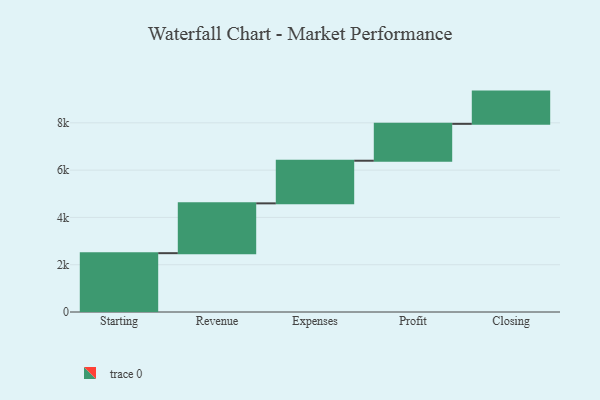
{"axis": {"x": "Step", "y": "Value"}, "legend": [""], "data": [{"x": "Starting", "y": 2488.0, "type": ""}, {"x": "Revenue", "y": 2107.0, "type": ""}, {"x": "Expenses", "y": 1803.0, "type": ""}, {"x": "Profit", "y": 1559.0, "type": ""}, {"x": "Closing", "y": 1364.0, "type": ""}]}